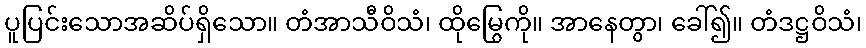
ပူပြင်းသောအဆိပ်ရှိသော။ တံအာသီဝိသံ၊ ထိုမြွေကို။ အာနေတွာ၊ ခေါ်၍။ တံဒဋ္ဌဝိသံ၊